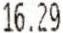
16.29